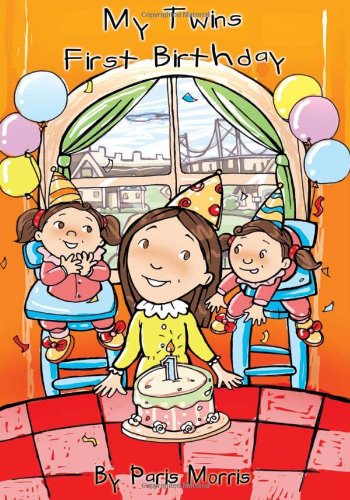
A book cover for My Twins' First Birthday; Paris Morris; Parenting & Relationships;